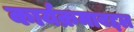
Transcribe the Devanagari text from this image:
कार्यक्रमाबद्दल